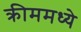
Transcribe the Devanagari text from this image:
क्रीममध्ये